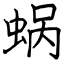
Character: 蜗